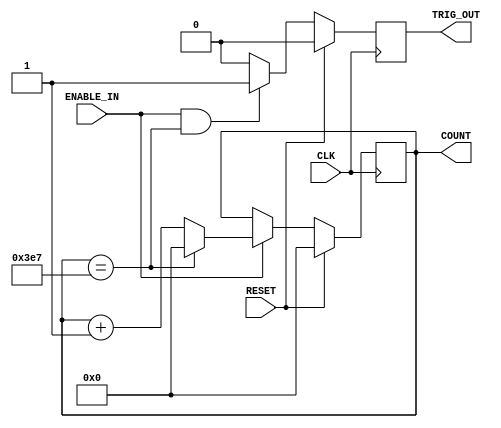
`timescale 1ns / 1ps
//////////////////////////////////////////////////////////////////////////////////
// Company: 
// Engineer: 
// 
// Design Name: 
// Module Name: Generic_counter
// Project Name: 
// Target Devices: 
// Tool Versions: 
// Description: 
// 
// Dependencies: 
// 
// Revision:
// Revision 0.01 - File Created
// Additional Comments:
// 
//////////////////////////////////////////////////////////////////////////////////


module Generic_counter(
                       CLK,
                       RESET,
                       ENABLE_IN,
                       TRIG_OUT,
                       COUNT  
                       );
                       
    parameter COUNTER_WIDTH= 10;
    parameter COUNTER_MAX= 999;

     input CLK;
     input RESET;
     input ENABLE_IN;
     output TRIG_OUT;
     output [COUNTER_WIDTH -1:0]  COUNT ;
 
     reg [COUNTER_WIDTH-1:0] count_value;
     reg Trigger_out;
 
       //synchrounous logic for count_value
       always@(posedge CLK) begin
         if(RESET)
           count_value<=0;
         else begin
            if(ENABLE_IN) begin
               if(count_value==COUNTER_MAX)
                  count_value=0;
               else 
                  count_value<=count_value+1;
           end
         end    
       end
       
       //synchronous logic for Trigger_out
       always@(posedge CLK) begin
          if(RESET)
            Trigger_out=0;
          else begin
             if(ENABLE_IN&&(count_value==COUNTER_MAX))
                Trigger_out=1;
             else 
                Trigger_out=0;
            end
       end
            
       assign COUNT = count_value;
       assign  TRIG_OUT = Trigger_out;

endmodule